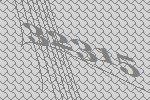
32315